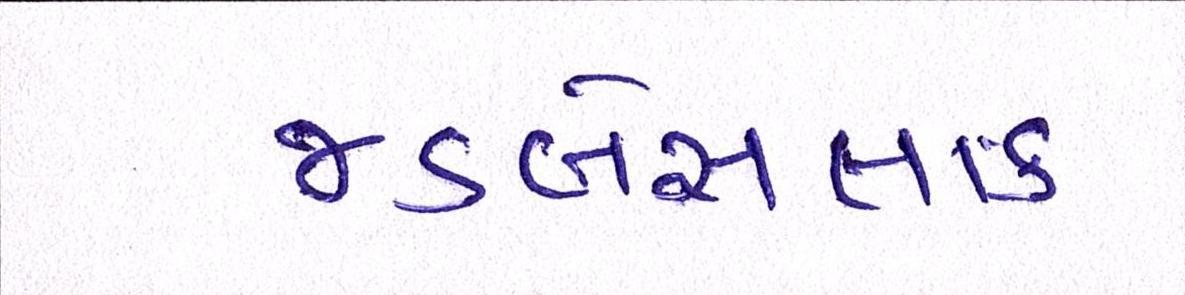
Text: જડબેસલાક